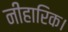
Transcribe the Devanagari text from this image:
नीहारिक।